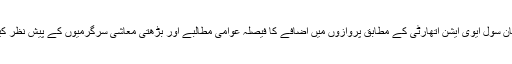
ترجمان سول ایوی ایشن اتھارٹی کے مطابق پروازوں میں اضافے کا فیصلہ عوامی مطالبے اور بڑھتی معاشی سرگرمیوں کے پیش نظر کیا گیا۔